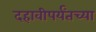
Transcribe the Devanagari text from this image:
दहावीपर्यंतच्या